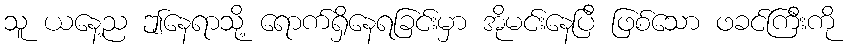
သူ ယနေ့ည ဤနေရာသို့ ရောက်ရှိနေရခြင်းမှာ အိုမင်းနေပြီ ဖြစ်သော ဖခင်ကြီးကို